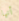
أنها